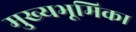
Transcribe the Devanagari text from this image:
मुख्यभूमिका